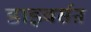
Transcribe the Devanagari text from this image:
डाइवर्सऩ